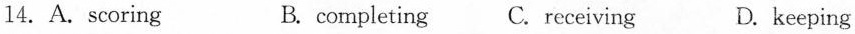
14.A. scoring B. completing C.receiving D. keeping